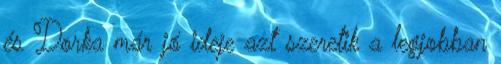
és Dorka már jó ideje azt szeretik a legjobban